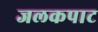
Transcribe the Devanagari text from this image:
जलकपाट